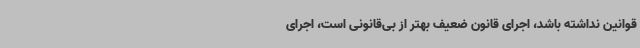
قوانین نداشته باشد، اجرای قانون ضعیف بهتر از بی‌قانونی است، اجرای